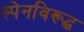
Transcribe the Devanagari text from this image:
स्पेनविरूद्ध